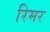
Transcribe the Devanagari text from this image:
रिमर